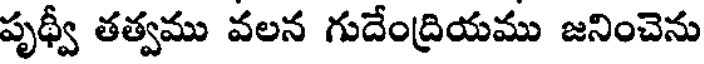
పృథ్వీ తత్వము వలన గుదేంద్రియము జనించెను